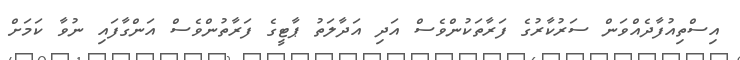
އިސްތިއުފާދެއްވަން ސަރުކާރުގެ ފަރާތަކުންވެސް އަދި އަދާލަތު ޕާޓީގެ ފަރާތުންވެސް އަންގާފައި ނުވާ ކަމަށް